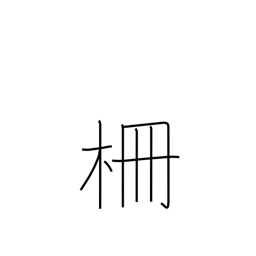
Meaning: stockade